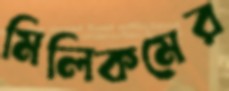
মিলিকমের